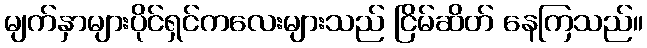
မျက်နှာများပိုင်ရှင်ကလေးများသည် ငြိမ်ဆိတ် နေကြသည်။